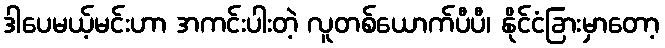
ဒါပေမယ့်မင်းဟာ အကင်းပါးတဲ့ လူတစ်ယောက်ပီပီ၊ နိုင်ငံခြားမှာတော့